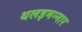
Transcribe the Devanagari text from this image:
थलइमन्‍नार